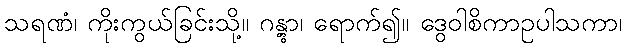
သရဏံ၊ ကိုးကွယ်ခြင်းသို့။ ဂန္တွာ၊ ရောက်၍။ ဒွေဝါစိကာဥပါသကာ၊